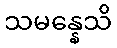
သမန္နေသိ